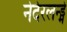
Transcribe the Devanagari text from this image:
नेदेरलन्ड्मे